Vaccine operations Central Provinces 1886-1899 - 1886-1899
Year: 1886
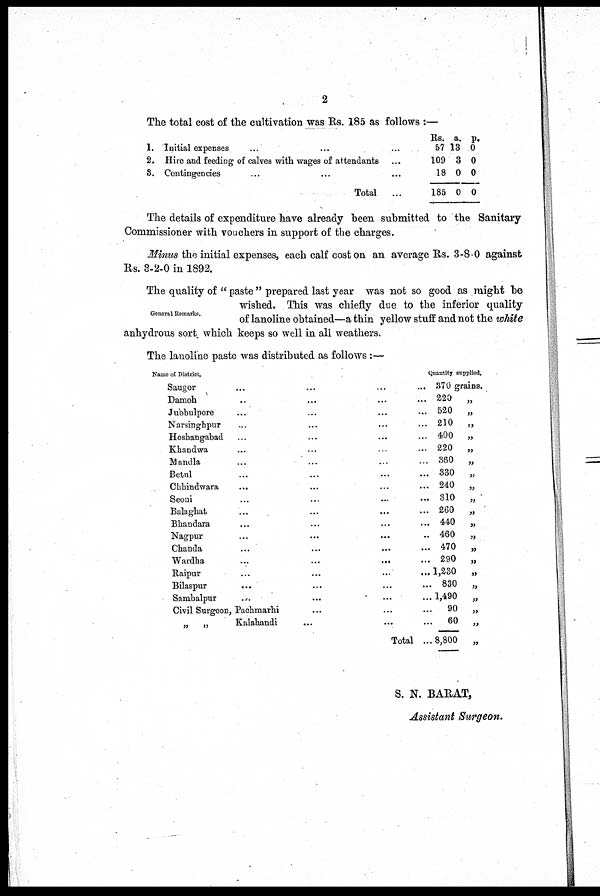
2
The total cost of the cultivation was Rs. 185 as follows :—
1.
2.
8.
Initial expenses ... ...
Hire and feeding of calves with wages of attendants
Contingencies
Total
...
Rs.
57
109
18
185
a.
13
3
0
0
P.
0
0
0
0
The details of expenditure have already been submitted to the Sanitary
Commissioner with vouchers in support of the charges.
Minus the initial expenses, each calf cost on an average Rs. 3-8-0 against
Rs. 3-2-0 in 1892.
General Remarks.
The quality of " paste " prepared last year was not so good as might be
wished. This was chiefly due to the inferior quality
of lanoline obtained—a thin yellow stuff and not the white
anhydrous sort which keeps so well in all weathers.
The lanoline paste was distributed as follows:—
Name of District,
Saugor ... ... ... ...
Damoh ... ... ... ...
Jubbulpore ... ... ... ...
Narsinghpur ... ... ... ...
Hoshangabad ... ... ... ...
Khandwa ... ... ... ...
Mandla ... ... ... ...
Betul ... ... ... ...
Chhindwara ... ... ... ...
Seoni ... ... ... ...
Balaghat ... ... ... ...
Bhandara ... ... ... ...
Nagpur ... ... ... ...
Chanda ... ... ... ...
Wardha
...
...
... ...
Raipur
...
... ... ...
Bilaspur
... ... ... ...
Sambalpur ... ... ... ...
Civil Surgeon, Pachmarhi ... ... ...
„
„
Kalahandi ... ... ...
Total ...
Quantity supplied.
370 grains.
220
„
520 „
210
„
400
„
220
„
360 „
330
„
240
„
310
„
260
„
440
„
460
„
470
„
290
„
1,230
„
830
„
1,490
„
90
„
60
„
8,800
„
S. N. BARAT,
Assistant Surgeon.